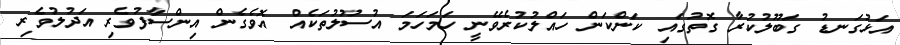
އަޅުގަނޑު ގަބޫލުކުރާ ގޮތުގައި ކަންކަން ހައްލުކުރެވޭނީ ހަމަހަމަ އުސޫލުތަކެއް އޮވެގެން އިންސާފުވެރި އަދުލުވެރި